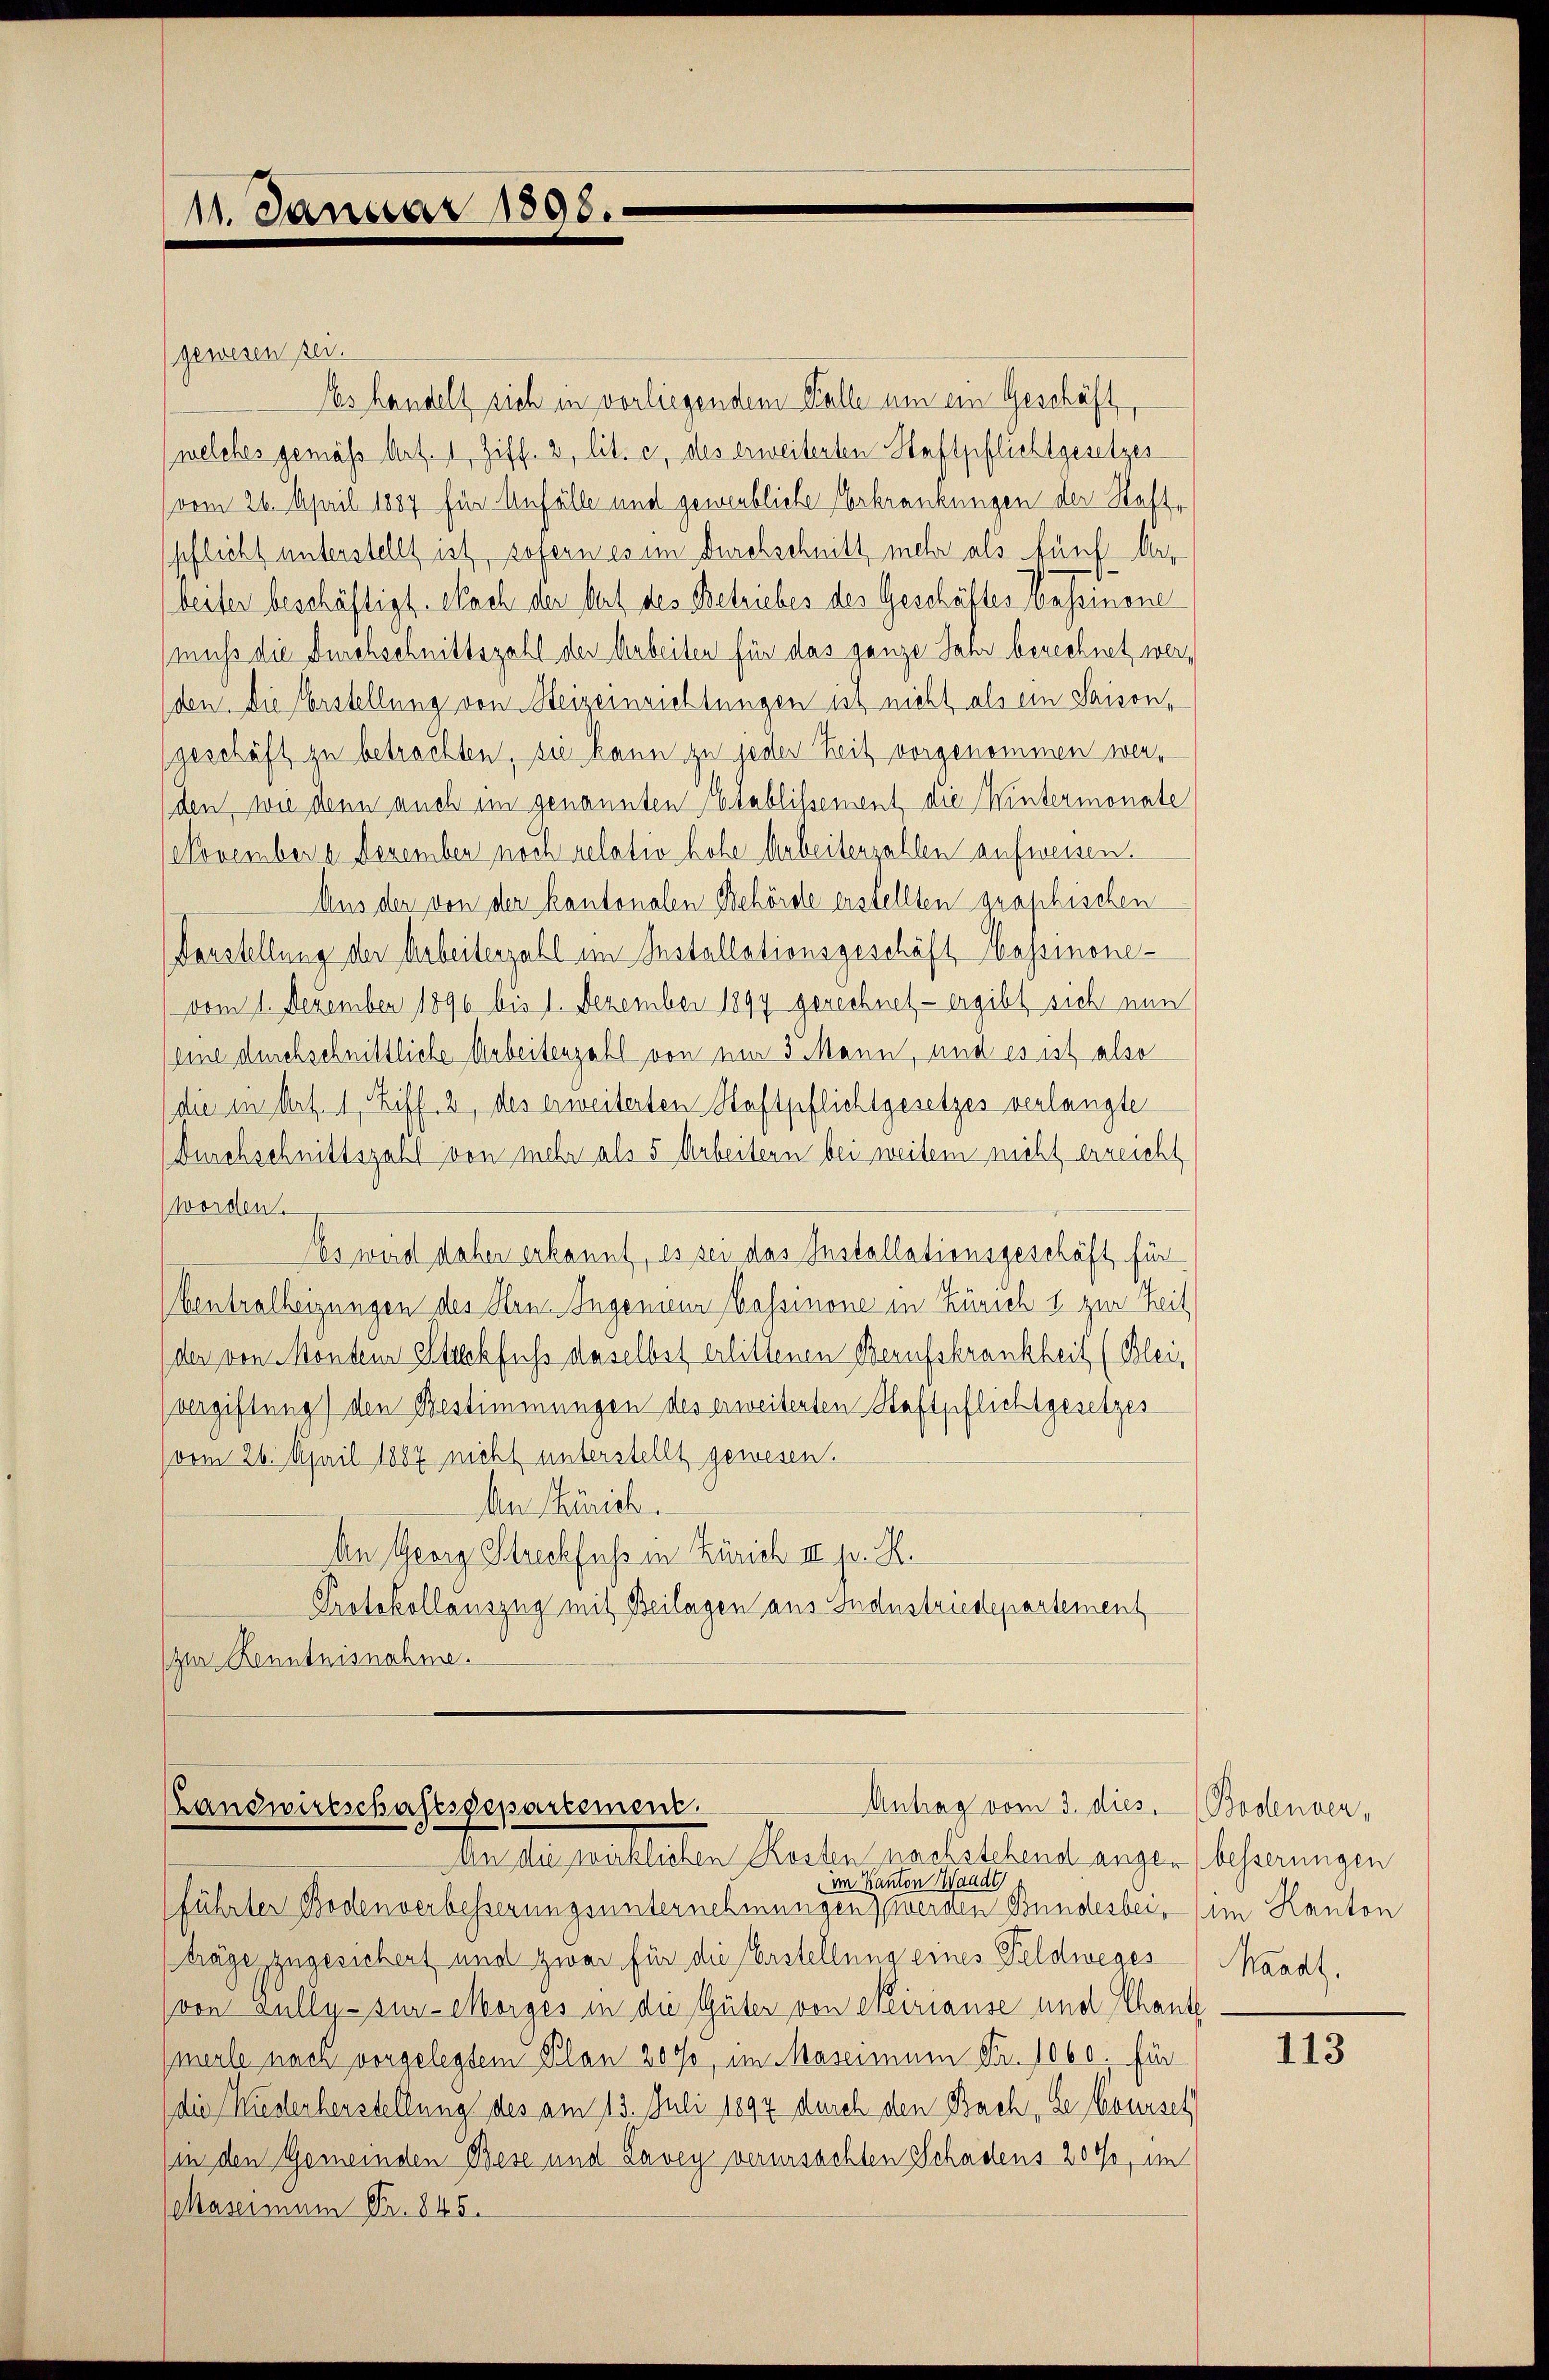
gewesen sei.
Es handelt sich in vorliegendem Falle um ein Geschäft
welches gemäß Art. 1 Ziff. 2, lit. c, des erweiterten Haftpflichtgesetzes
(vom 26. April 1887 für Anfülle und gewerbliche Erkrankungen der Kaffe
pflicht unterstellt ist, sofern es im Durchschnitt mehr als fünf bis
beiter beschäftigt. Nach der Art des Betriebes des Geschäftes Cessinone
muß die Durchschnittszahl der Arbeiten für das ganze Jahr berechnet werden. Die Erstellung von Heizeinrichtungen ist nicht als ein Saison,
geschäft zu betrachten, sie kann zu jeder Zeit vorgenommen werden, wie denn auch im genannten Etablissement die Untermonate
(November a. Dezember noch relativ hohe Arbeitenzahlen aufweisen.
Aus der von der kantonalen Behörde erstellten graphischen
(Vorstellung der Arbeiterzahl im Installationsgeschäft Hapsinone-
vom 1. Dezember 1890 bis 1. Dezember 1899 gerechnet, - ergibt sich nun
(eine durchschnittliche Arbeitenzahl von um 3. Mann, und es ist also
(die in Art. 1, Ziff. 2, des erweiterten Haftpflichtgesetzes verlangte
Durchschnittszahl von mehr als 5 Arbeitern bei weitem nicht erreicht
worden.
Es wird daher erkannt, es sei das Installationsgeschäft für
Centralheizungen des Hrn. Ingenieur Bossinone in Zürich 1 zur Zeit
der von Mondenz Steckfuss daselbst erlittenen Berufskrankheit (Blei
(vergiftung) den Bestimmungen des erweitenten Haftpflichtgesetzes
(vom 26. April 1887 nicht unterstellt gewesen.
An Zürich.
An Georg Streckfuß in Zürich II p. R.
Protokollauszug mit Beilagen aus Industriedepartement
zur Kenntnisnahme.

11. Januar 1898.

Antrag vom 3. dies
Landwirtschaftsgepartement.
an die wirklichen Kosten nachstehend angen besserungen

im Kanton Waadt
führter Bodenverbesserungsunternehmungen) werden Bundesbei, im Kanton
träge zugesichert und zwar für die Erstellung eines Feldweges Waadt,
(von Kully-sur-Morges in die Güter von Neirianse und Thant.
(merle nach vorgelegtem Plan 2000, im Mascimum Fr. 1060, für
(die Niederherstellung des am 13. Juli 1894 durch den Bach, de Courset
(in den Gemeinden Bese und Lavey verursachten Schadens 20%, im
Maseimum Fr. 845.

Bodensen,

113